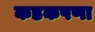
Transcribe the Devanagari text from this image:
कडकपणा